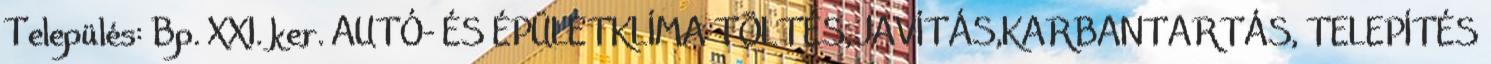
Település: Bp. XXI. ker. AUTÓ- ÉS ÉPÜLETKLÍMA TÖLTÉS,JAVÍTÁS,KARBANTARTÁS, TELEPÍTÉS